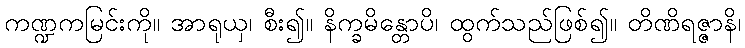
ကဏ္ဍကမြင်းကို။ အာရုယှ၊ စီး၍။ နိက္ခမိန္တောပိ၊ ထွက်သည်ဖြစ်၍။ တိဏိရဇ္ဇာနိ၊